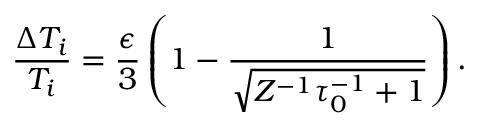
\frac { \Delta T _ { i } } { T _ { i } } = \frac { \epsilon } { 3 } \left( 1 - \frac { 1 } { \sqrt { Z ^ { - 1 } \tau _ { 0 } ^ { - 1 } + 1 } } \right) .